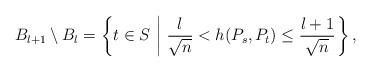
LaTeX: \begin{align*}B_{l+1}\setminus B_l=\left\{t\in S\,\left|\ {l\over \sqrt{n}}< h(P_{s},P_{t})\le {l+1\over \sqrt{n}}\right.\right\},\end{align*}